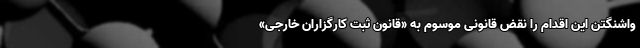
واشنگتن این اقدام را نقض قانونی موسوم به «قانون ثبت کارگزاران خارجی»